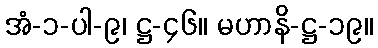
အံ-၁-ပါ-၉၊ ဋ္ဌ-၄၆။ မဟာနိ-ဋ္ဌ-၁၉။